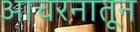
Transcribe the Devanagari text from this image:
आचरनातून